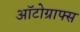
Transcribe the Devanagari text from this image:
ऑटोग्राफ्स